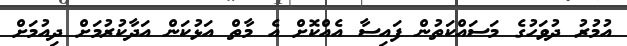
އުމުރު ދުވަހުގެ މަސައްކަތުން ފައިސާ އެއްކޮށް އެ މާތް އަޅުކަން އަދާކުރުމަށް ދިއުމަށް